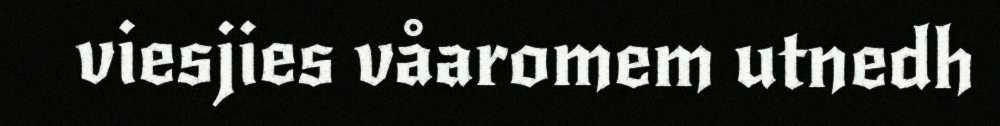
viesjies våaromem utnedh